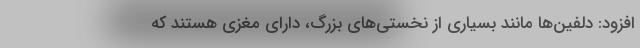
افزود: دلفین‌ها مانند بسیاری از نخستی‌های بزرگ، دارای مغزی هستند که